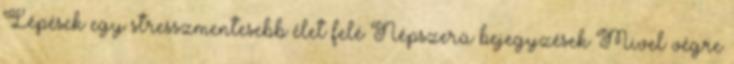
Lépések egy stresszmentesebb élet felé Népszerű bejegyzések Mivel végre